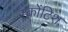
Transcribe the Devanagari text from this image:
स्कोंटिश